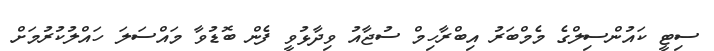
ސިޓީ ކައުންސިލްގެ މެމްބަރު އިބްރާހިމް ސުޖާއު ވިދާޅުވީ ފެން ބޮޑުވާ މައްސަލަ ހައްލުކުރުމަށް